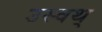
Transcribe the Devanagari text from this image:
उस्वथ्